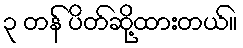
၃ တန် ပိတ်ဆို့ထားတယ်။